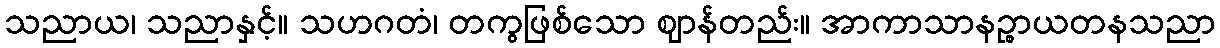
သညာယ၊ သညာနှင့်။ သဟဂတံ၊ တကွဖြစ်သော ဈာန်တည်း။ အာကာသာနဉ္စာယတနသညာ